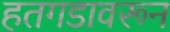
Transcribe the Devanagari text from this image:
हतगडावरून